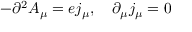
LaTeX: - \partial ^ { 2 } A _ { \mu } = e j _ { \mu } , \quad \partial _ { \mu } j _ { \mu } = 0